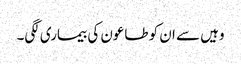
وہیں سے ان کو طاعون کی بیماری لگی۔